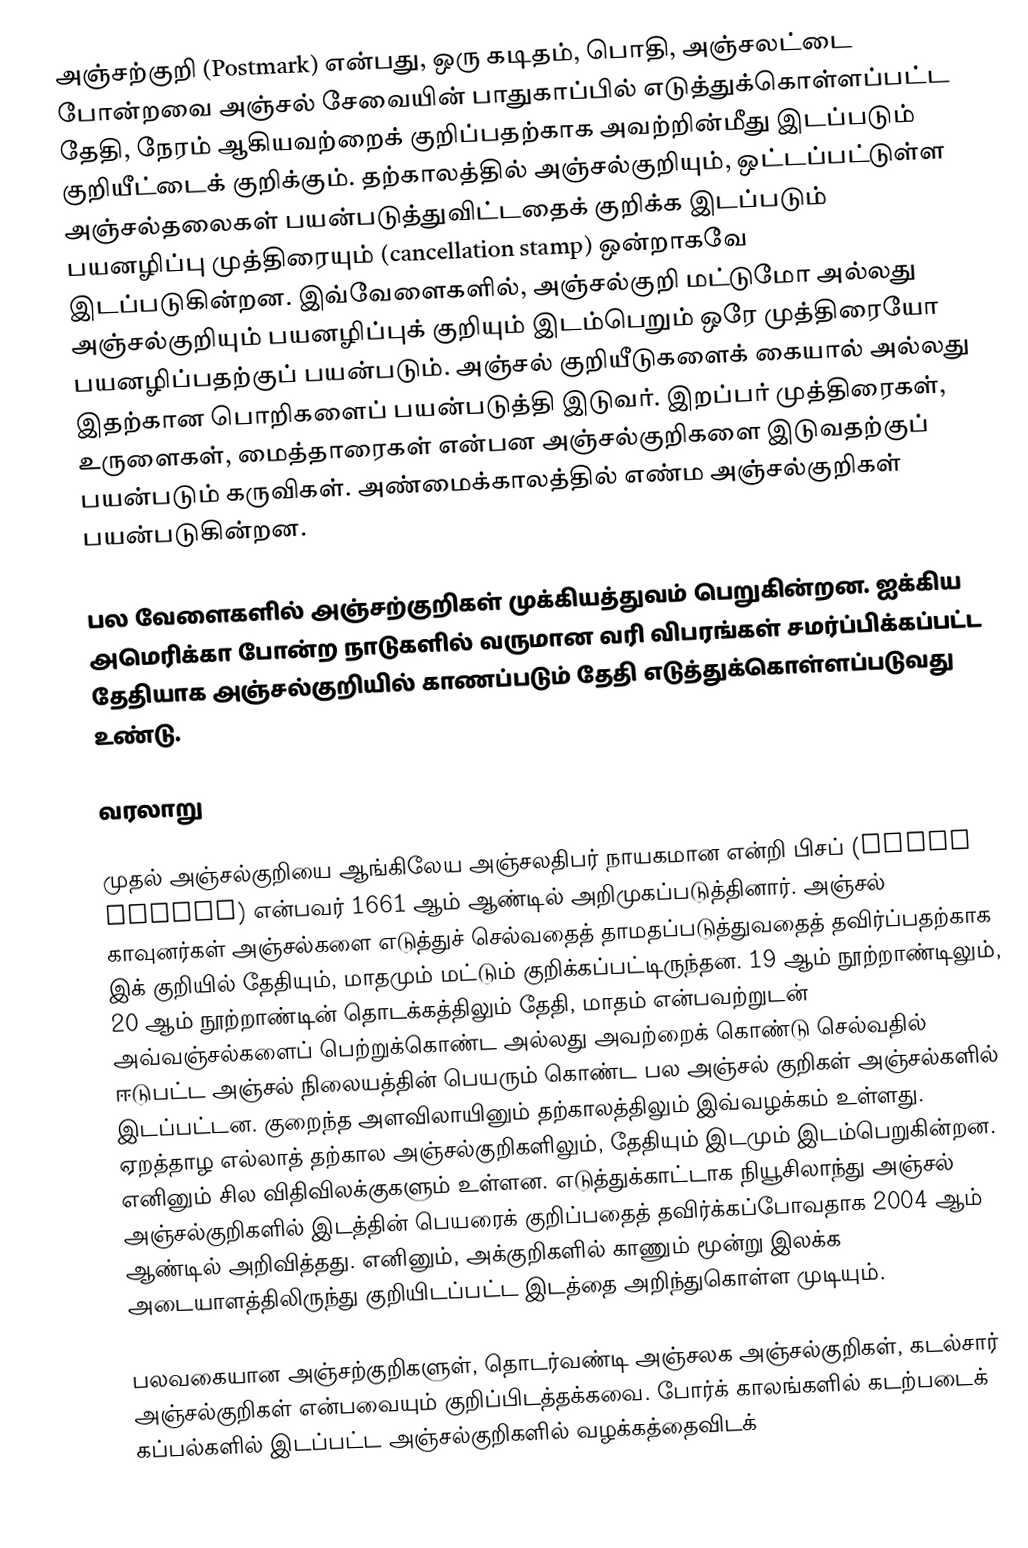
அஞ்சற்குறி (Postmark) என்பது, ஒரு கடிதம், பொதி, அஞ்சலட்டை போன்றவை அஞ்சல் சேவையின் பாதுகாப்பில் எடுத்துக்கொள்ளப்பட்ட தேதி, நேரம் ஆகியவற்றைக் குறிப்பதற்காக அவற்றின்மீது இடப்படும் குறியீட்டைக் குறிக்கும். தற்காலத்தில் அஞ்சல்குறியும், ஒட்டப்பட்டுள்ள அஞ்சல்தலைகள் பயன்படுத்துவிட்டதைக் குறிக்க இடப்படும் பயனழிப்பு முத்திரையும் (cancellation stamp) ஒன்றாகவே இடப்படுகின்றன. இவ்வேளைகளில், அஞ்சல்குறி மட்டுமோ அல்லது அஞ்சல்குறியும் பயனழிப்புக் குறியும் இடம்பெறும் ஒரே முத்திரையோ பயனழிப்பதற்குப் பயன்படும். அஞ்சல் குறியீடுகளைக் கையால் அல்லது இதற்கான பொறிகளைப் பயன்படுத்தி இடுவர். இறப்பர் முத்திரைகள், உருளைகள், மைத்தாரைகள் என்பன அஞ்சல்குறிகளை இடுவதற்குப் பயன்படும் கருவிகள். அண்மைக்காலத்தில் எண்ம அஞ்சல்குறிகள் பயன்படுகின்றன.

பல வேளைகளில் அஞ்சற்குறிகள் முக்கியத்துவம் பெறுகின்றன. ஐக்கிய அமெரிக்கா போன்ற நாடுகளில் வருமான வரி விபரங்கள் சமர்ப்பிக்கப்பட்ட தேதியாக அஞ்சல்குறியில் காணப்படும் தேதி எடுத்துக்கொள்ளப்படுவது உண்டு.

வரலாறு

முதல் அஞ்சல்குறியை ஆங்கிலேய அஞ்சலதிபர் நாயகமான என்றி பிசப் (Henry Bishop) என்பவர் 1661 ஆம் ஆண்டில் அறிமுகப்படுத்தினார். அஞ்சல் காவுனர்கள் அஞ்சல்களை எடுத்துச் செல்வதைத் தாமதப்படுத்துவதைத் தவிர்ப்பதற்காக இக் குறியில் தேதியும், மாதமும் மட்டும் குறிக்கப்பட்டிருந்தன. 19 ஆம் நூற்றாண்டிலும், 20 ஆம் நூற்றாண்டின் தொடக்கத்திலும் தேதி, மாதம் என்பவற்றுடன் அவ்வஞ்சல்களைப் பெற்றுக்கொண்ட அல்லது அவற்றைக் கொண்டு செல்வதில் ஈடுபட்ட அஞ்சல் நிலையத்தின் பெயரும் கொண்ட பல அஞ்சல் குறிகள் அஞ்சல்களில் இடப்பட்டன. குறைந்த அளவிலாயினும் தற்காலத்திலும் இவ்வழக்கம் உள்ளது. ஏறத்தாழ எல்லாத் தற்கால அஞ்சல்குறிகளிலும், தேதியும் இடமும் இடம்பெறுகின்றன. எனினும் சில விதிவிலக்குகளும் உள்ளன. எடுத்துக்காட்டாக நியூசிலாந்து அஞ்சல் அஞ்சல்குறிகளில் இடத்தின் பெயரைக் குறிப்பதைத் தவிர்க்கப்போவதாக 2004 ஆம் ஆண்டில் அறிவித்தது. எனினும், அக்குறிகளில் காணும் மூன்று இலக்க அடையாளத்திலிருந்து குறியிடப்பட்ட இடத்தை அறிந்துகொள்ள முடியும்.

பலவகையான அஞ்சற்குறிகளுள், தொடர்வண்டி அஞ்சலக அஞ்சல்குறிகள், கடல்சார் அஞ்சல்குறிகள் என்பவையும் குறிப்பிடத்தக்கவை. போர்க் காலங்களில் கடற்படைக் கப்பல்களில் இடப்பட்ட அஞ்சல்குறிகளில் வழக்கத்தைவிடக்